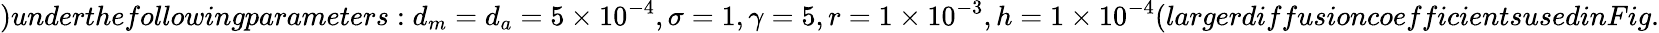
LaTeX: )underthefollowingparameters:d_{m}=d_{a}=5\times 10^{-4},\sigma=1,\gamma=5,r=1\times 10^{-3},h=1\times 10^{-4}(largerdiffusioncoefficientsusedinFig.